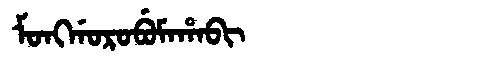
Manchu: ᠮᠣᠩᡤᠣᡵᠣᠪᡠᠮᠠᡥᠠᠪᡳ
Romanization: MONGGOROBUMAHABI